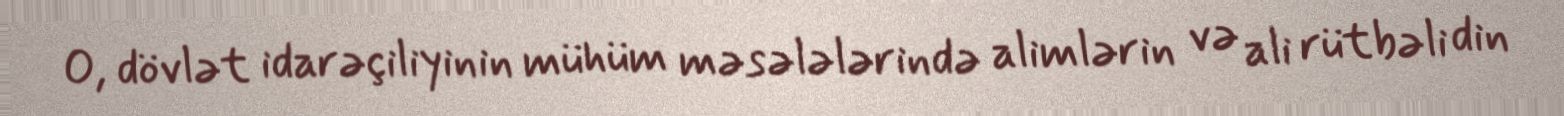
O, dövlət idarəçiliyinin mühüm məsələlərində alimlərin və ali rütbəli din